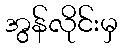
အွန်လိုင်းမှ